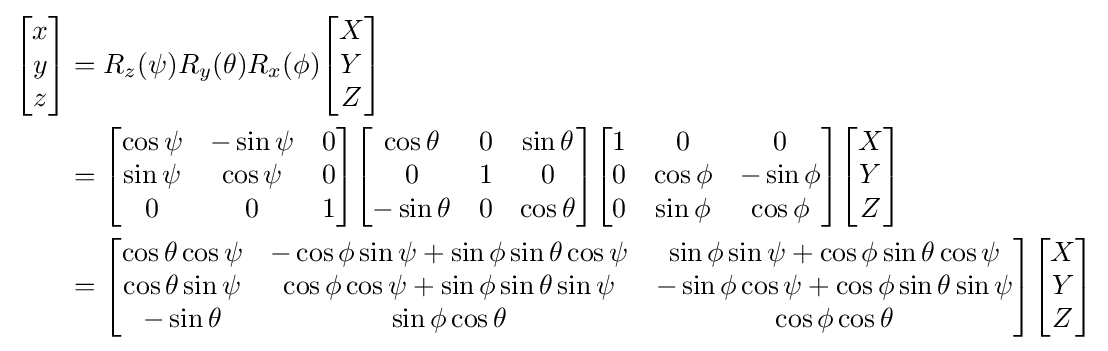
{\begin{aligned}{\begin{bmatrix}x\\y\\z\\\end{bmatrix}}&=R_{z}(\psi )R_{y}(\theta )R_{x}(\phi ){\begin{bmatrix}X\\Y\\Z\\\end{bmatrix}}\\&={\begin{bmatrix}\cos \psi &-\sin \psi &0\\\sin \psi &\cos \psi &0\\0&0&1\\\end{bmatrix}}{\begin{bmatrix}\cos \theta &0&\sin \theta \\0&1&0\\-\sin \theta &0&\cos \theta \\\end{bmatrix}}{\begin{bmatrix}1&0&0\\0&\cos \phi &-\sin \phi \\0&\sin \phi &\cos \phi \\\end{bmatrix}}{\begin{bmatrix}X\\Y\\Z\\\end{bmatrix}}\\&={\begin{bmatrix}\cos \theta \cos \psi &-\cos \phi \sin \psi +\sin \phi \sin \theta \cos \psi &\sin \phi \sin \psi +\cos \phi \sin \theta \cos \psi \\\cos \theta \sin \psi &\cos \phi \cos \psi +\sin \phi \sin \theta \sin \psi &-\sin \phi \cos \psi +\cos \phi \sin \theta \sin \psi \\-\sin \theta &\sin \phi \cos \theta &\cos \phi \cos \theta \\\end{bmatrix}}{\begin{bmatrix}X\\Y\\Z\\\end{bmatrix}}\\\end{aligned}}